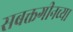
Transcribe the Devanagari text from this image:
सबक्तगीनच्या